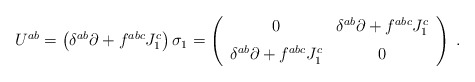
\begin{align*}U^{ab} = \left(\delta^{ab} \partial + f^{abc} J_{1}^{c}\right) \sigma_{1} =\left(\begin{array}{cc}0 & \delta^{ab}\partial + f^{abc}J_{1}^{c}\\\noalign{\vspace{6pt}}\delta^{ab}\partial + f^{abc}J_{1}^{c} & 0\end{array}\right)\;.\end{align*}